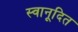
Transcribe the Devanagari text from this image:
स्वानूदित